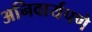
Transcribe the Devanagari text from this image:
अनिवार्यपणे